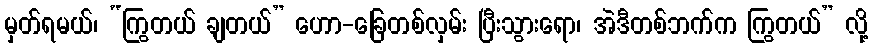
မှတ်ရမယ်၊ “ကြွတယ် ချတယ်” ဟော-ခြေတစ်လှမ်း ပြီးသွားရော၊ အဲဒီတစ်ဘက်က ကြွတယ်” လို့